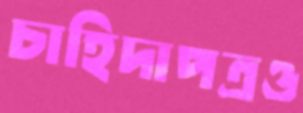
চাহিদাপত্রও